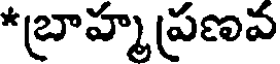
*బ్రాహ్మప్రణవ